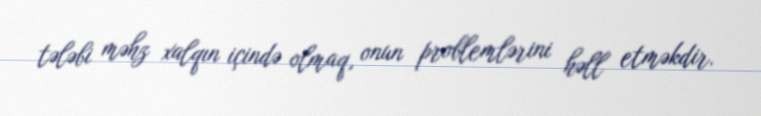
tələbi məhz xalqın içində olmaq, onun problemlərini həll etməkdir.